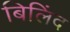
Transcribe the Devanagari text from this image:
बिलिंद